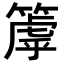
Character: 𥲉